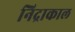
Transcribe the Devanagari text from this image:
निद्राकाल